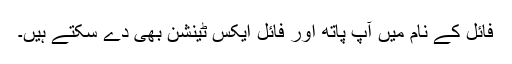
فائل کے نام میں آپ پاتھ اور فائل ایکس ٹینشن بھی دے سکتے ہیں۔